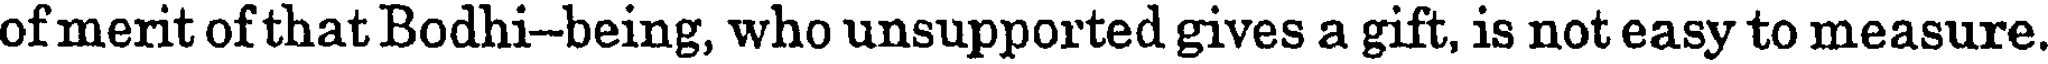
of merit of that Bodhi-being, who unsupported gives a gift, is not easy to measure.